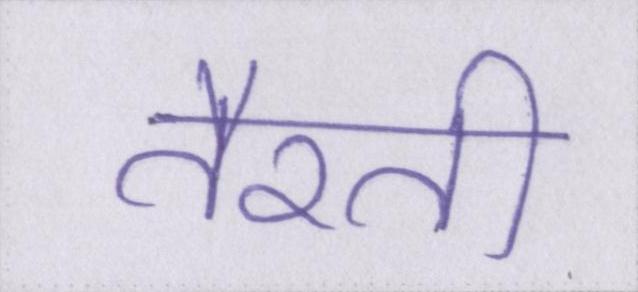
तैरती